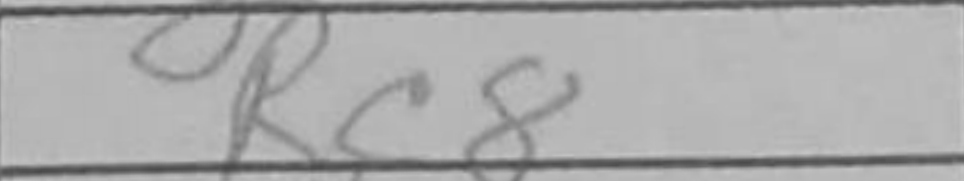
Transcription: Rc8